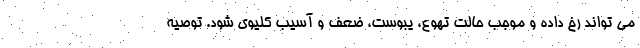
می تواند رخ داده و موجب حالت تهوع، یبوست، ضعف و آسیب کلیوی شود. توصیه